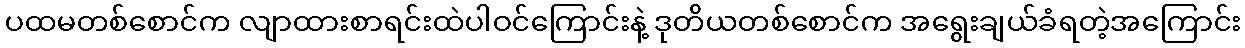
ပထမတစ်စောင်က လျာထားစာရင်းထဲပါဝင်ကြောင်းနဲ့ ဒုတိယတစ်စောင်က အရွေးချယ်ခံရတဲ့အကြောင်း